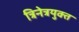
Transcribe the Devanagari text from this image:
त्रिनेत्रयुक्त